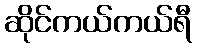
ဆိုင်ကယ်ကယ်ရီ